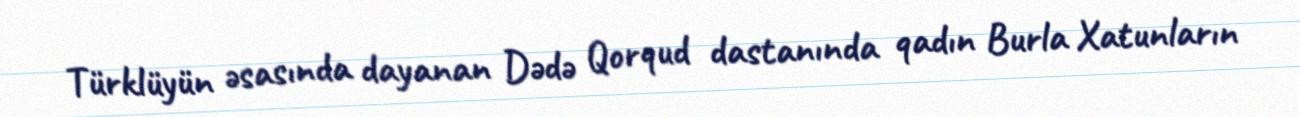
Türklüyün əsasında dayanan Dədə Qorqud dastanında qadın Burla Xatunların